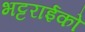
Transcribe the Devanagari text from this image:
भट्टराईको